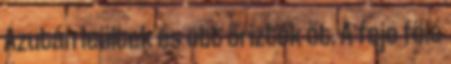
Azután leültek és ott őrizték őt. A feje fölé